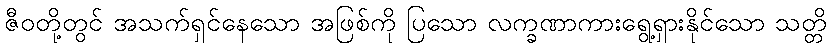
ဇီဝတို့တွင် အသက်ရှင်နေသော အဖြစ်ကို ပြသော လက္ခဏာကားရွေ့ရှားနိုင်သော သတ္တိ